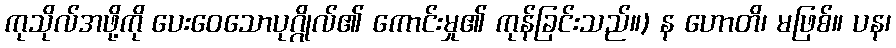
ကုသိုလ်အဖို့ကို ပေးဝေသောပုဂ္ဂိုလ်၏ ကောင်းမှု၏ ကုန်ခြင်းသည်။) န ဟောတိ၊ မဖြစ်။ ပန၊